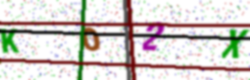
Text: KO2X